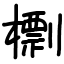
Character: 檦